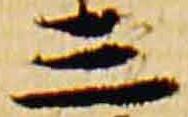
三